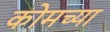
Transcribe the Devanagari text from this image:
कोमच्या